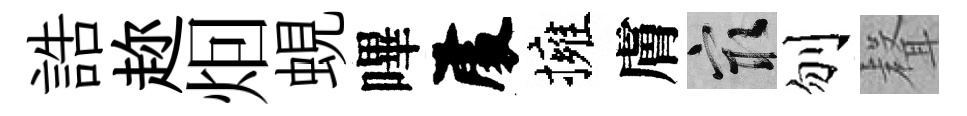
誥趂𤇆蜆嗶𠁅擁膚冣刎𮋻